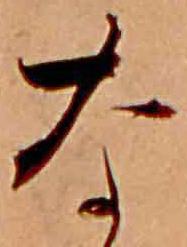
な